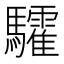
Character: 𩧏